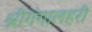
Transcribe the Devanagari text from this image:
श्रीगंगालहरी